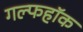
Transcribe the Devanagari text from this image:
गल्फहॉक